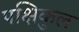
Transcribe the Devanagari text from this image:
पक्षिकुल